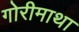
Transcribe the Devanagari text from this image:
गोरीमाथा